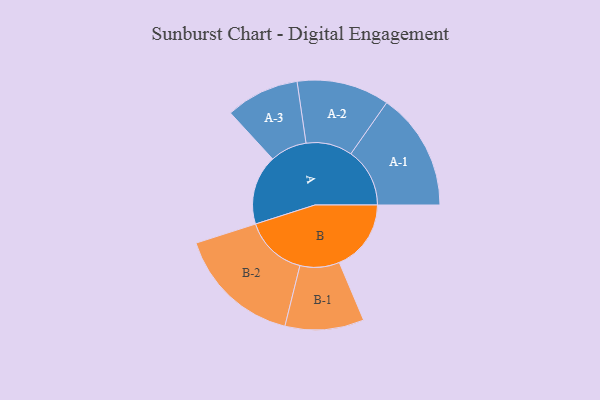
{"axis": {"x": "Segment", "y": "Value"}, "legend": ["", "A", "B"], "data": [{"x": "A", "y": 334, "type": ""}, {"x": "B", "y": 344, "type": ""}, {"x": "A-1", "y": 282, "type": "A"}, {"x": "A-2", "y": 222, "type": "A"}, {"x": "A-3", "y": 176, "type": "A"}, {"x": "B-1", "y": 189, "type": "B"}, {"x": "B-2", "y": 299, "type": "B"}]}